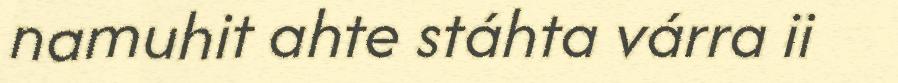
namuhit ahte stáhta várra ii